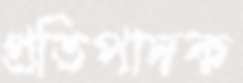
প্রতিপাদক